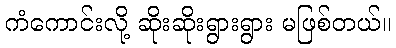
ကံကောင်းလို့ ဆိုးဆိုးရွားရွား မဖြစ်တယ်။